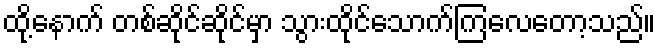
ထို့နောက် တစ်ဆိုင်ဆိုင်မှာ သွားထိုင်သောက်ကြလေတော့သည်။